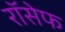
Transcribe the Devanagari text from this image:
रॉसेफ